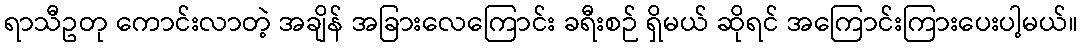
ရာသီဥတု ကောင်းလာတဲ့ အချိန် အခြားလေကြောင်း ခရီးစဉ် ရှိမယ် ဆိုရင် အကြောင်းကြားပေးပါ့မယ်။